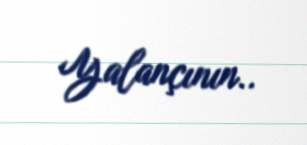
Yalançının..